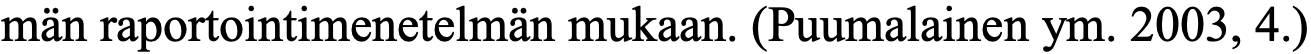
män raportointimenetelmän mukaan. (Puumalainen ym. 2003, 4.)